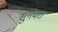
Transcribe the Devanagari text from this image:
सुगंधरा